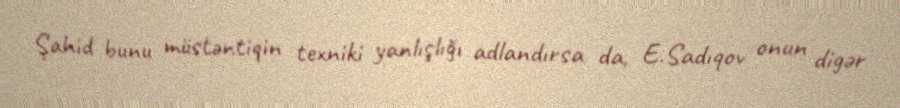
Şahid bunu müstəntiqin texniki yanlışlığı adlandırsa da, E.Sadıqov onun digər